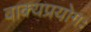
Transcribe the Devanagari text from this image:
वाक्यप्रयोगः